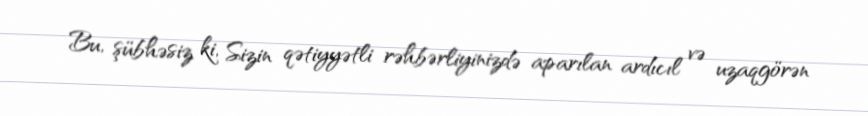
Bu, şübhəsiz ki, Sizin qətiyyətli rəhbərliyinizdə aparılan ardıcıl və uzaqgörən